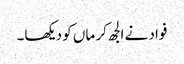
فواد نے الجھ کر ماں کو دیکھا۔